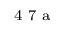
^ \textrm { \scriptsize 4 7 a }